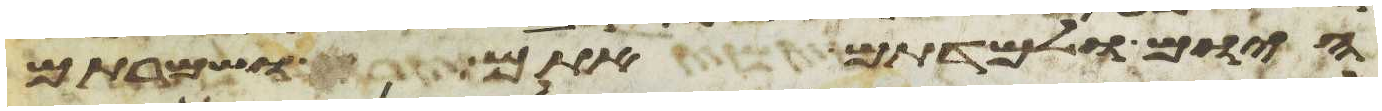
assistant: היום ולמדתם אתם ושמרתם